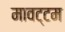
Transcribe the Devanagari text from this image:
मावट्टम